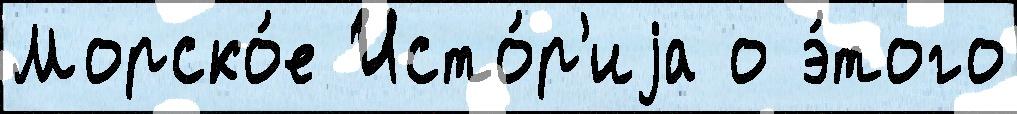
Морско́е Исто́р'иjа о э́того